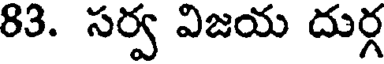
83. సర్వ విజయ దుర్గ